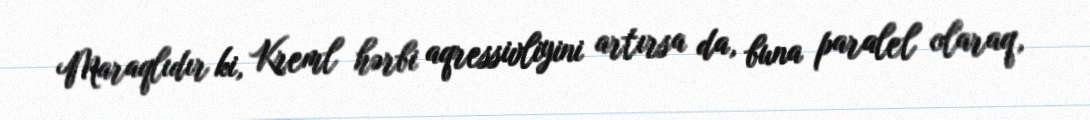
Maraqlıdır ki, Kreml hərbi aqressivliyini artırsa da, buna paralel olaraq,